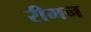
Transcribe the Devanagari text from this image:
रीमन